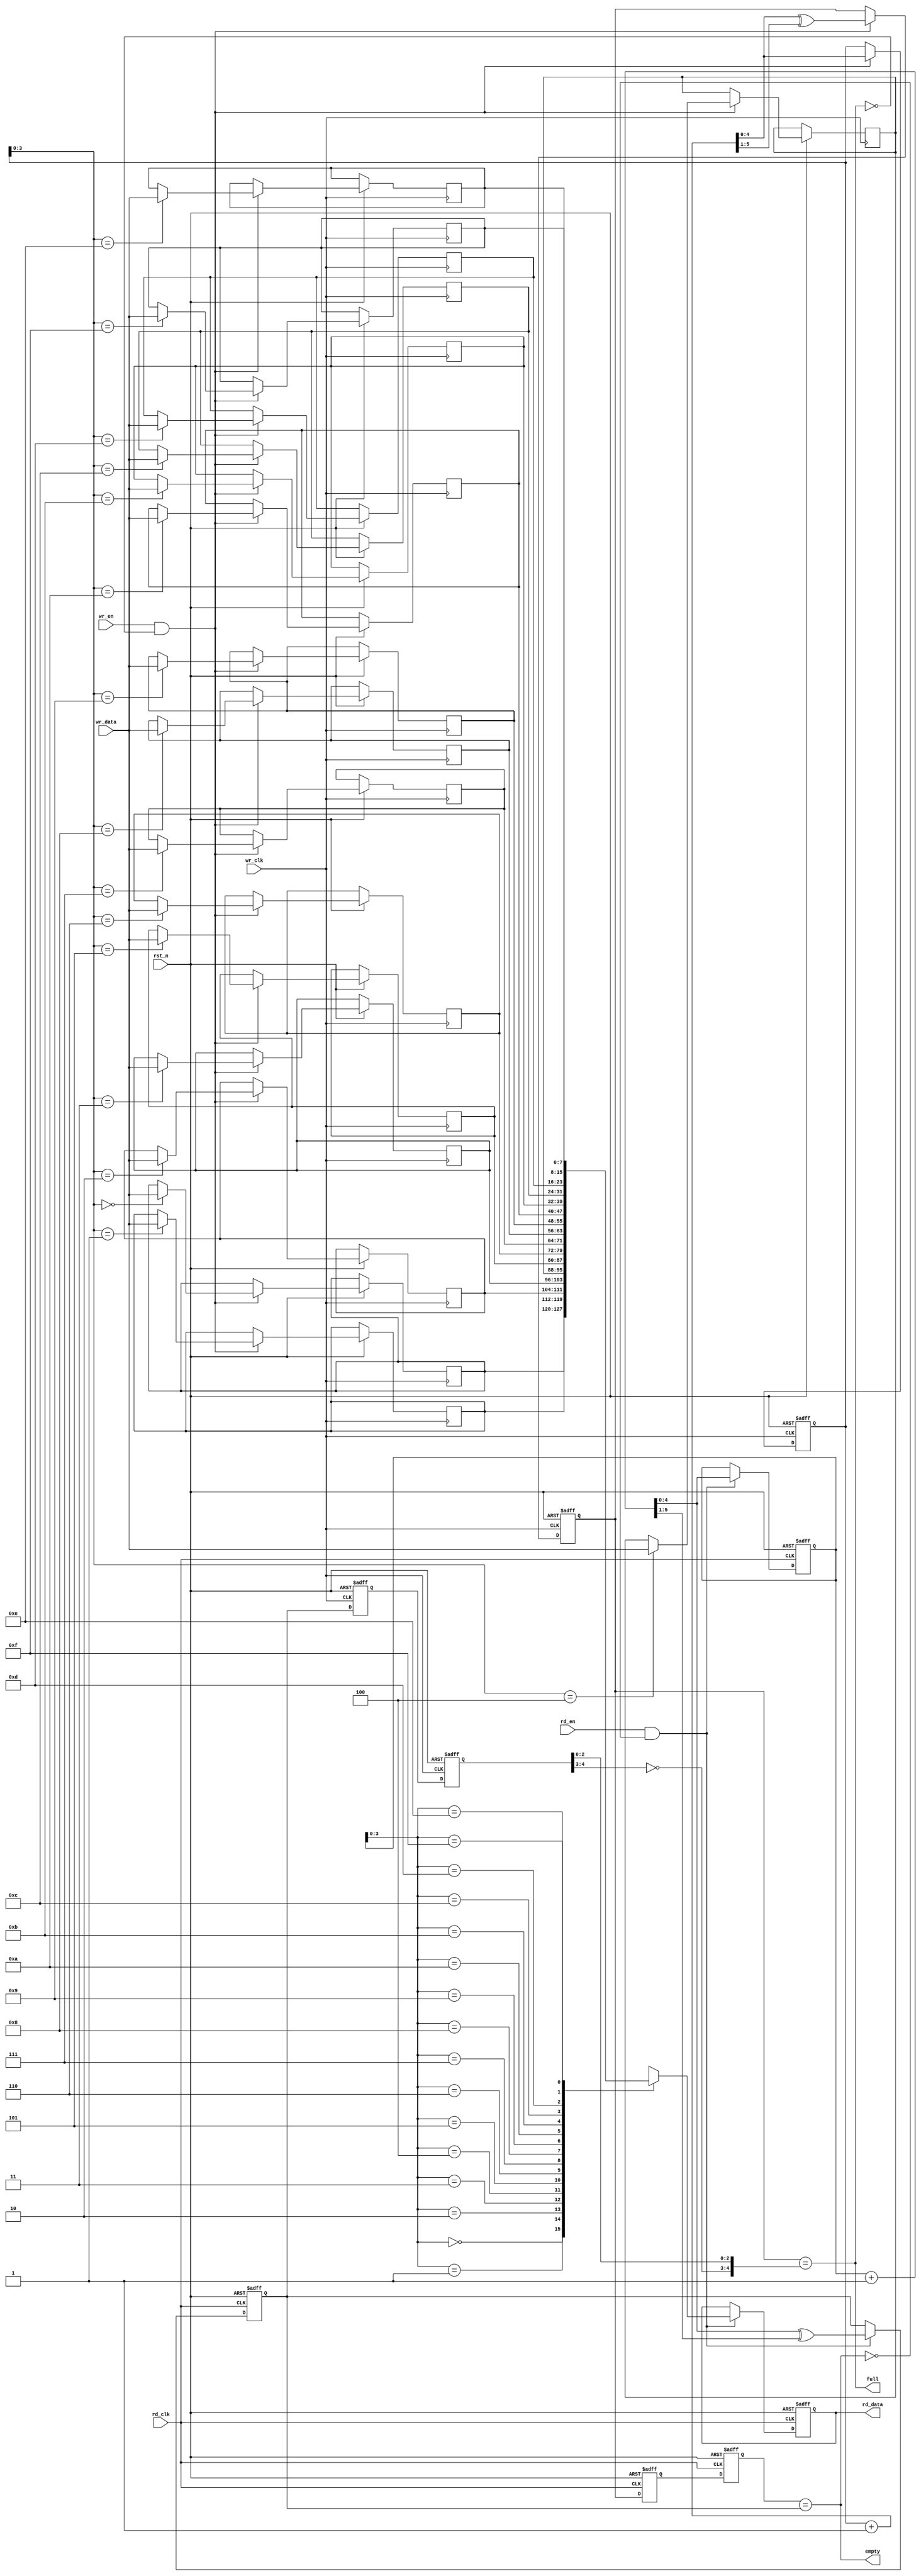
// Code your design here
module async_fifo #(parameter DATA_WIDTH = 8, parameter ADDR_WIDTH = 4)
(
    input  wire                 wr_clk,     // Write clock
    input  wire                 rd_clk,     // Read clock
    input  wire                 rst_n,      // Active low reset
    input  wire [DATA_WIDTH-1:0] wr_data,    // Write data
    input  wire                 wr_en,      // Write enable
    input  wire                 rd_en,      // Read enable
    output reg  [DATA_WIDTH-1:0] rd_data,    // Read data
    output wire                 empty,      // FIFO empty flag
    output wire                 full        // FIFO full flag
);

    localparam DEPTH = 1 << ADDR_WIDTH;

    // FIFO memory
    reg [DATA_WIDTH-1:0] fifo_mem [0:DEPTH-1];

    // Write and read pointers
    reg [ADDR_WIDTH:0] wr_ptr = 0;
    reg [ADDR_WIDTH:0] rd_ptr = 0;
    reg [ADDR_WIDTH:0] wr_ptr_gray = 0;
    reg [ADDR_WIDTH:0] rd_ptr_gray = 0;

    // Synchronized pointers
    reg [ADDR_WIDTH:0] wr_ptr_gray_sync1 = 0, wr_ptr_gray_sync2 = 0;
    reg [ADDR_WIDTH:0] rd_ptr_gray_sync1 = 0, rd_ptr_gray_sync2 = 0;

    // Full and empty signals
    assign full  = (wr_ptr_gray == {~rd_ptr_gray_sync2[ADDR_WIDTH:ADDR_WIDTH-1], rd_ptr_gray_sync2[ADDR_WIDTH-2:0]});
    assign empty = (wr_ptr_gray_sync2 == rd_ptr_gray);

    // Write operation
    always @(posedge wr_clk or negedge rst_n) begin
        if (!rst_n) begin
            wr_ptr <= 0;
            wr_ptr_gray <= 0;
        end else if (wr_en && !full) begin
            fifo_mem[wr_ptr[ADDR_WIDTH-1:0]] <= wr_data;
            wr_ptr <= wr_ptr + 1;
            wr_ptr_gray <= (wr_ptr + 1) ^ ((wr_ptr + 1) >> 1);  // Binary to Gray code
        end
    end

    // Read operation
    always @(posedge rd_clk or negedge rst_n) begin
        if (!rst_n) begin
            rd_ptr <= 0;
            rd_ptr_gray <= 0;
            rd_data <= 0;
        end else if (rd_en && !empty) begin
            rd_data <= fifo_mem[rd_ptr[ADDR_WIDTH-1:0]];
            rd_ptr <= rd_ptr + 1;
            rd_ptr_gray <= (rd_ptr + 1) ^ ((rd_ptr + 1) >> 1);  // Binary to Gray code
        end
    end

    // Synchronize write pointer into read clock domain
    always @(posedge rd_clk or negedge rst_n) begin
        if (!rst_n) begin
            wr_ptr_gray_sync1 <= 0;
            wr_ptr_gray_sync2 <= 0;
        end else begin
            wr_ptr_gray_sync1 <= wr_ptr_gray;
            wr_ptr_gray_sync2 <= wr_ptr_gray_sync1;
        end
    end

    // Synchronize read pointer into write clock domain
    always @(posedge wr_clk or negedge rst_n) begin
        if (!rst_n) begin
            rd_ptr_gray_sync1 <= 0;
            rd_ptr_gray_sync2 <= 0;
        end else begin
            rd_ptr_gray_sync1 <= rd_ptr_gray;
            rd_ptr_gray_sync2 <= rd_ptr_gray_sync1;
        end
    end

endmodule